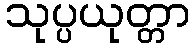
သုပ္ပယုတ္တာ